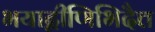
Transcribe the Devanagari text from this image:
भयाद्वीणिभिदैत्त